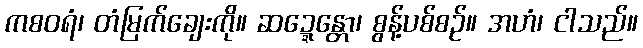
ကစဝရံ၊ တံမြက်ချေးကို။ ဆဍ္ဍေန္တော၊ စွန့်ပစ်စဉ်။ အဟံ၊ ငါသည်။